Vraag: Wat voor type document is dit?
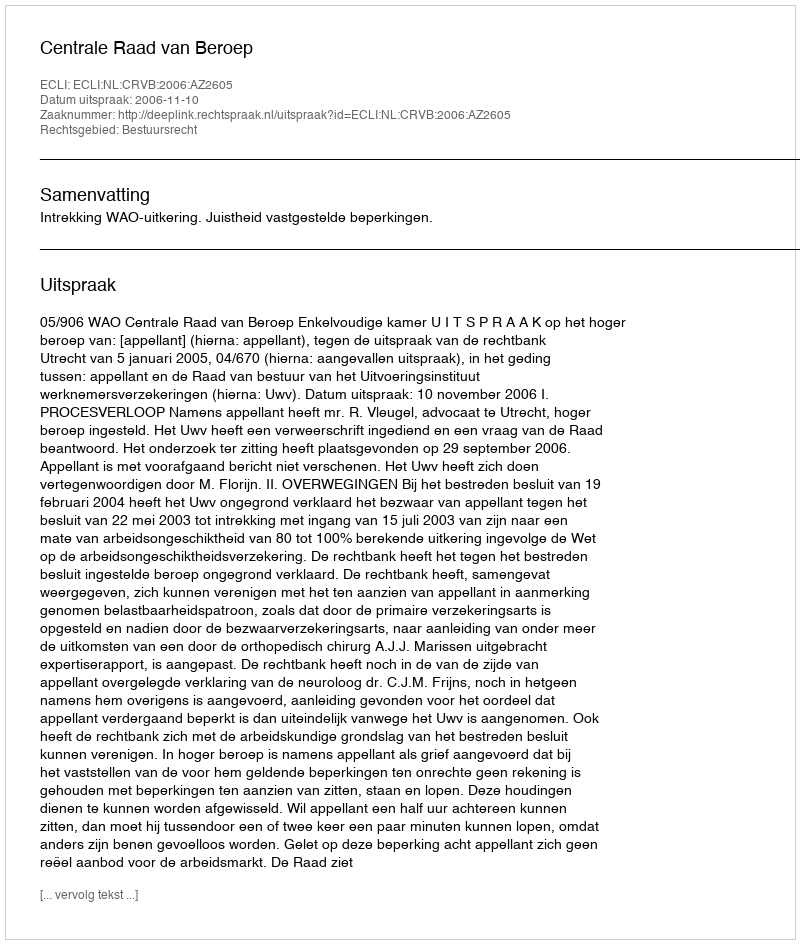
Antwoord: Uitspraak